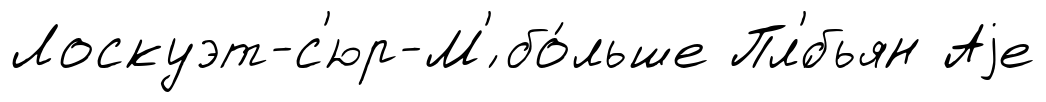
Лоскуэт-с'юр-М'́ бо́льше Пл'́бьян Аjе